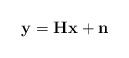
\begin{align*}\mathbf{y} = \mathbf{H}\mathbf{x} + \mathbf{n}\end{align*}